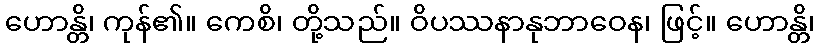
ဟောန္တိ၊ ကုန်၏။ ကေစိ၊ တို့သည်။ ဝိပဿနာနုဘာဝေန၊ ဖြင့်။ ဟောန္တိ၊